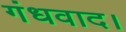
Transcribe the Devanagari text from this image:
गंधवाद।